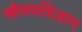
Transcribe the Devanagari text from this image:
औषधविज्ञान